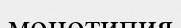
монотипия